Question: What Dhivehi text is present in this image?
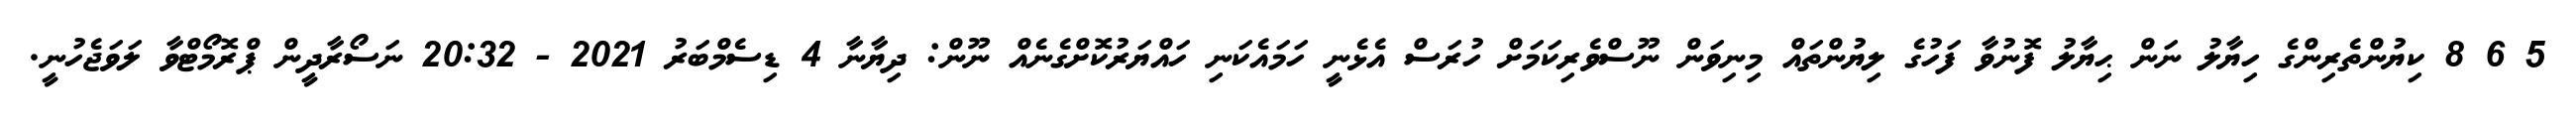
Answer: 5 6 8 ކިޔުންތެރިންގެ ހިޔާލު ނަން ޙިޔާލު ފޮނުވާ ފަހުގެ ލިޔުންތައް މިނިވަން ނޫސްވެރިކަމަށް ހުރަސް އެޅެނީ ހަމައެކަނި ހައްޔަރުކޮށްގެނެއް ނޫން: ދިޔާނާ 4 ޑިސެމްބަރު 2021 - 20:32 ނަސޯރާދީން ޕްރޮމޯޓްވާ ލަވަޖެހުނީ.